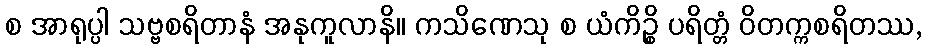
စ အာရုပ္ပါ သဗ္ဗစရိတာနံ အနုကူလာနိ။ ကသိဏေသု စ ယံကိဉ္စိ ပရိတ္တံ ဝိတက္ကစရိတဿ,